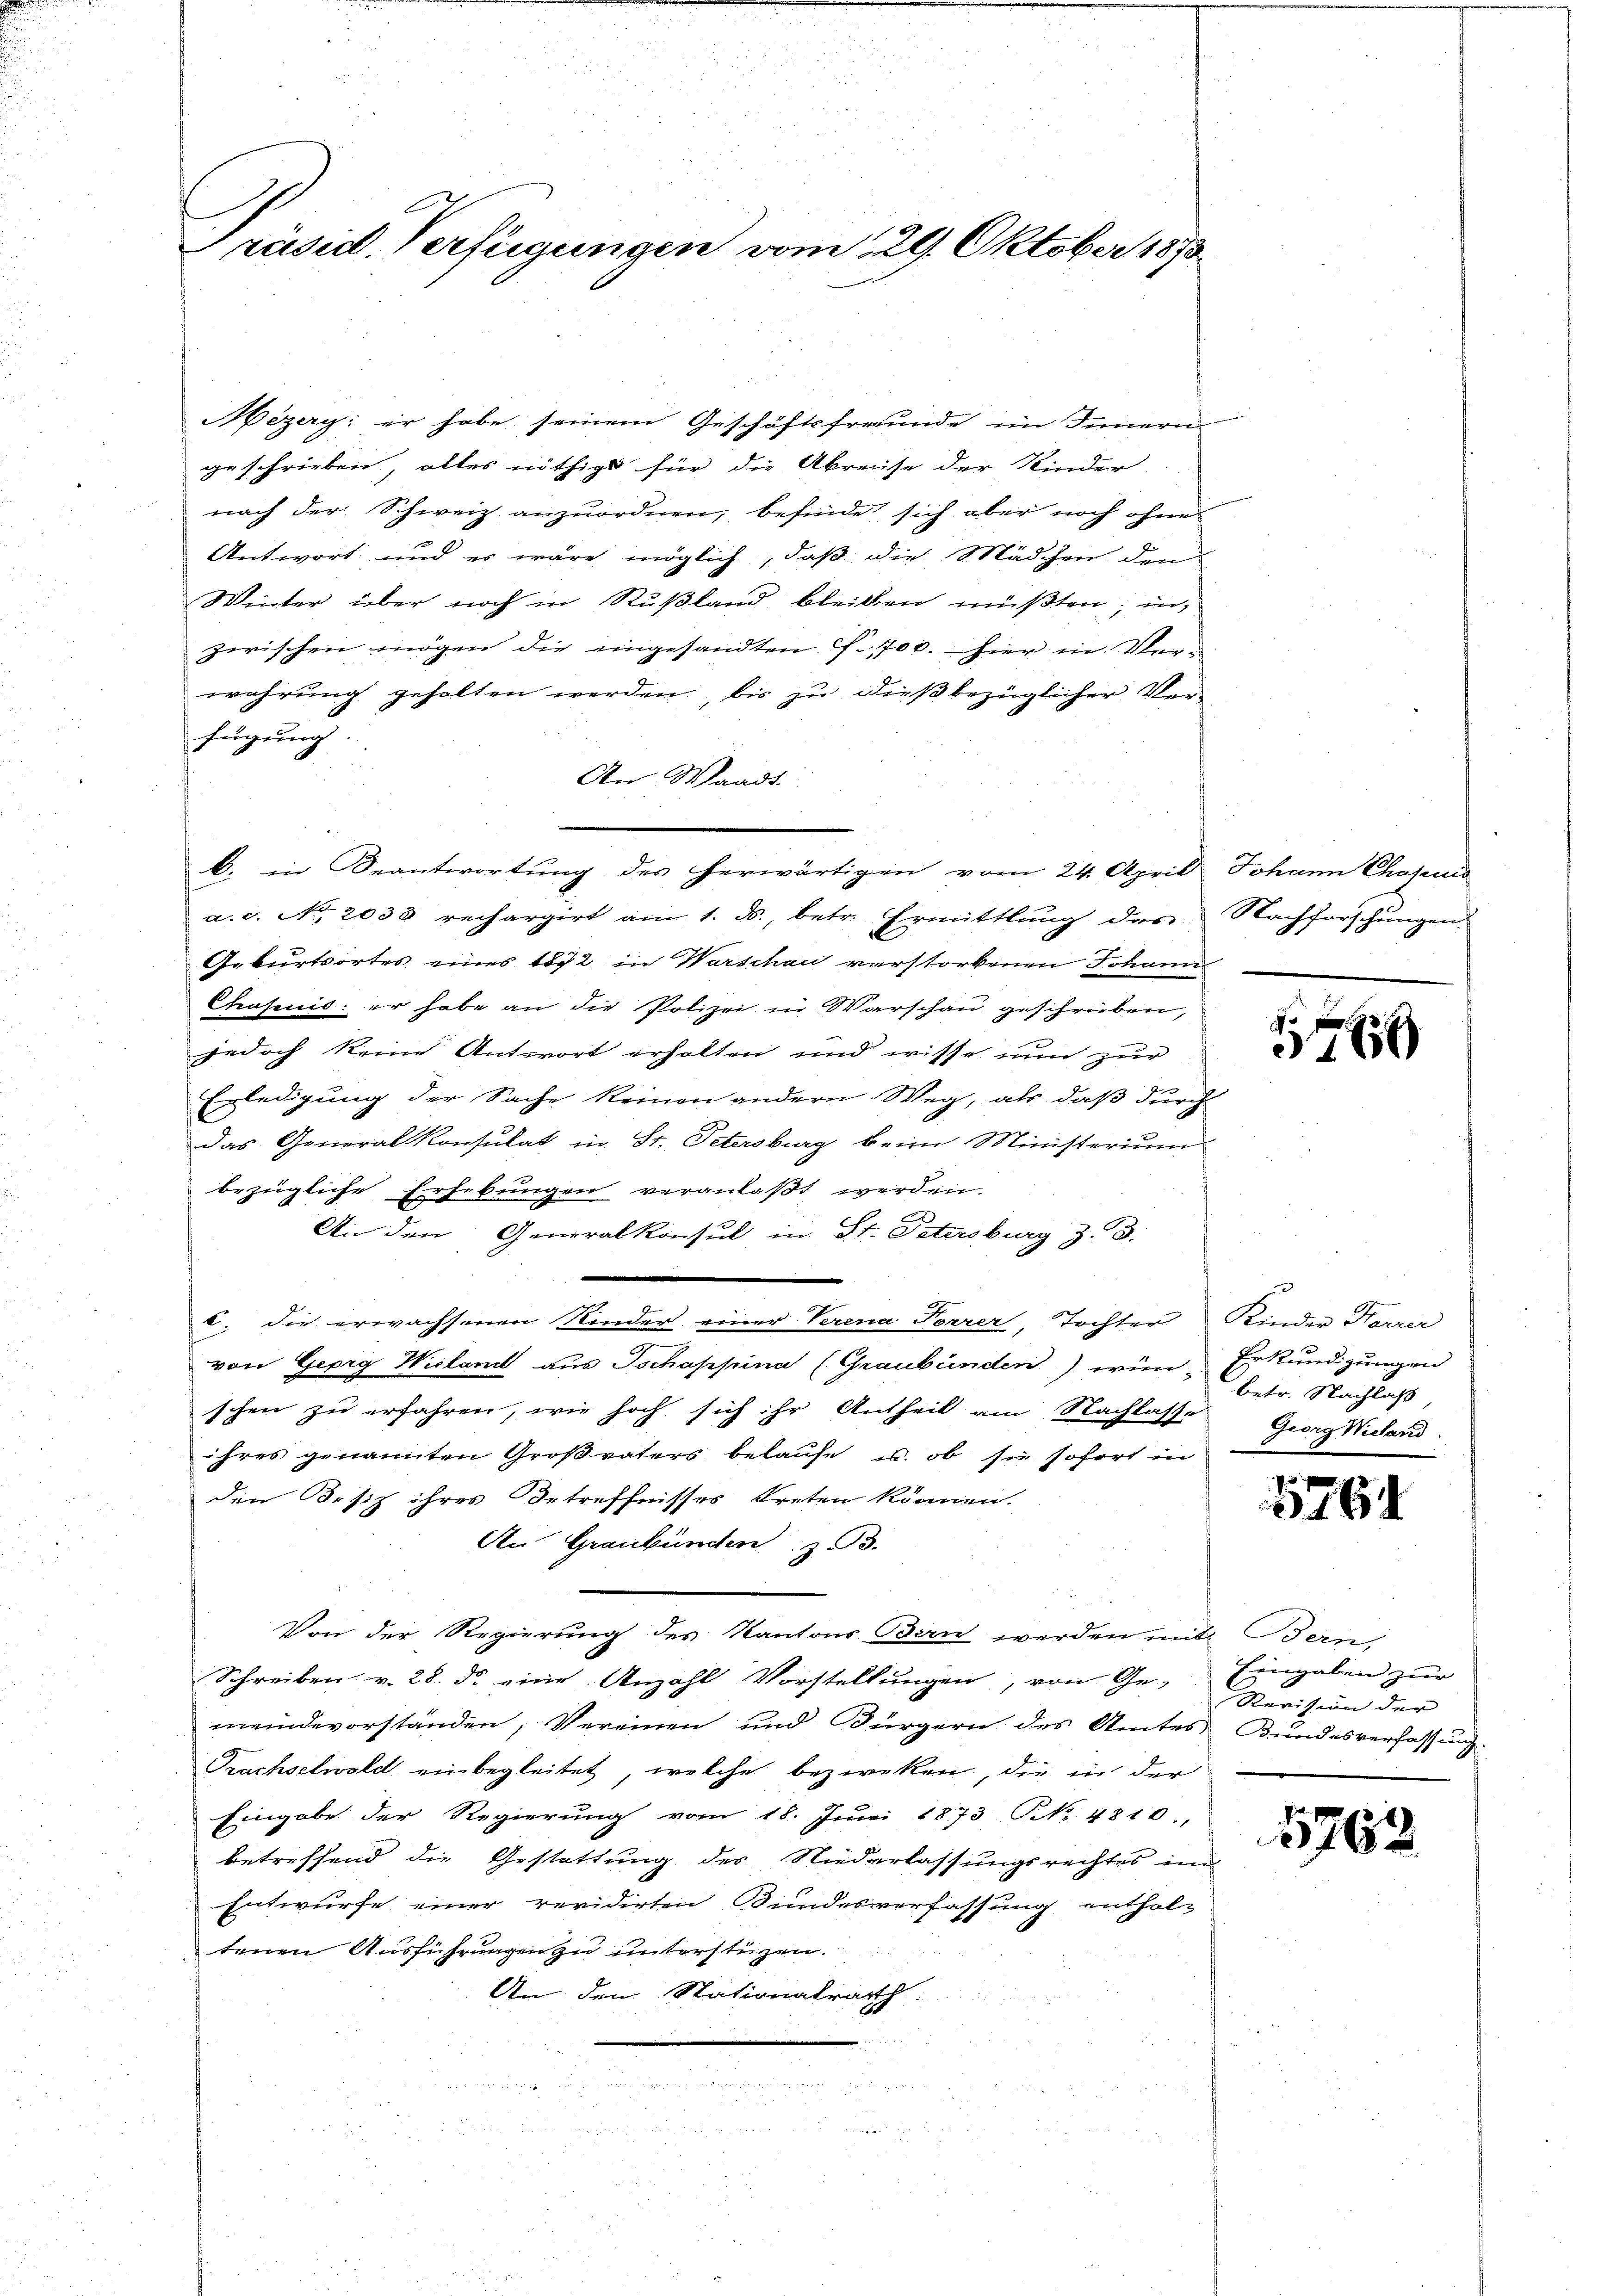
Präsid. Verfügungen vom 29. Oktober 189

Mezery: er habe seinem Geschäftsfreunde im Innern
geschrieben, alles nöthigt für die Abreise der Kinder
nach der Schweiz anzuordnen, befinde sich aber noch ohne
Antwort und es wäre möglich, daß die Mädchen dem
Winter über noch in Rußland bleiben müßten; in
zwischen mögen die eingesandten J. 1700. hier in Verwahrung gehalten werden, bis zu dießbezüglicher Verfügung
An Waadt.
a.c. No. 2033 rechargirt am 1. ds., betr. Ermittlung des Nachforschungen.
Geburtsortes eines 1872 in Warschau verstorbenen Johann
Praseuis: er habe an die Polizei in Warschau geschrieben,
jedoch keine Antwort erhalten und wisse nun zur
Erledigung der Sache keinen andern Weg, als daß durch
das Generalkonsulat in St. Petersburg beim Ministerium
bezügliche Erhebungen veranlaßt werden.
An den Generalkonsul in St. Petersburg Z. 3.
c. die erwachsenen Kinder einer Verena Torrer, Tochter Kinder Harrer
von Georg Wieland aus Tschappina (Graubünden) einbetr. Nachlaß,
schen zu erfahren, wie hoch sich ihr Antheil am Nachlasse Georg Nidand
ihres genannten Großvaters belaufe u. ob sie sofort in
den Besiz ihres Betreffnisses treten können.
An Graubünden z. B.
Von der Regierung kantons San werden mit Berns
Schreiben v. 28. d. eine Anzahl Vorstellungen, von Ge-
meindevorständen, Vereinen und Bürgern des Amtes Bundesverfassung
Prachselwald ein begleitet, welche bezweken, die in der
Eingabe der Regierung vom 18. Juni 1873 NNo. 4810.
betreffend die Gestattung des Niederlassungsrechtes in
Entwurfe einer revidirten Bundesverfassung enthaltenen Ausführungen zu unterstüzen.
An den Nationalrath
un
m

b. in Beantwortung des herwärtigen vom 24. April Johann Chajuis

37

Erkundigungen

576

Eingaben zur
Revision der

1763